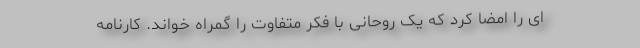
ای را امضا کرد که یک روحانی با فکر متفاوت را گمراه خواند. کارنامه